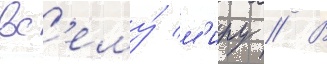
вс'ему́ м'иру // В